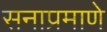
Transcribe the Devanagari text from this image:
सनाप्रमाणे